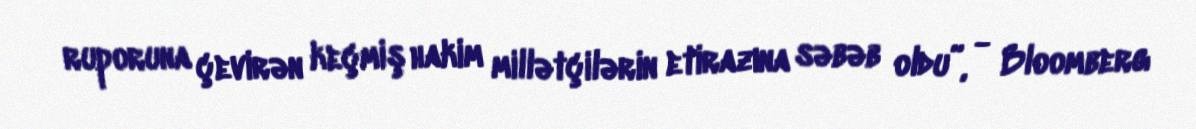
ruporuna çevirən keçmiş hakim millətçilərin etirazına səbəb oldu”, - Bloomberg